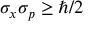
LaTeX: \sigma _ { x } \sigma _ { p } \geq \hbar / 2